Lunatic asylums United Provinces 1899-1908 - 1899-1908
Year: 1899
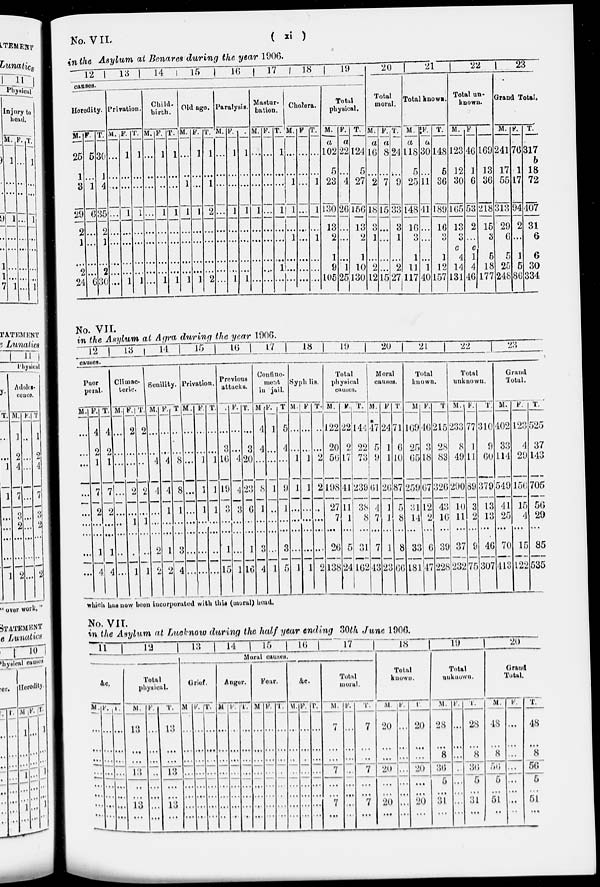
( xi )
No. VII.
in the Asylum at Benares during the year 1906.
12
13
14
15
16
17
18
19
canses.
Heredity.
M.
25
1
3
29
2
1
...
2
24
F.
5
...
1
6
...
...
...
...
6
T.
30
1
4
35
2
1
...
2
30
Privation.
M.
...
...
...
...
...
...
...
...
...
F.
1
...
...
1
...
...
...
...
1
T.
1
...
...
1
...
...
...
...
1
Child-
birth.
M.
...
...
...
...
...
...
...
...
...
F.
1
...
...
1
...
...
...
...
1
T.
1
...
...
1
...
...
...
...
1
Old ago.
M.
...
...
1
1
...
...
...
...
1
F.
1
...
...
1
...
...
...
...
1
T.
1
...
1
2
...
...
...
...
2
Paralysis.
M.
...
...
...
...
...
...
...
...
...
F.
1
...
...
1
...
...
...
...
1
T.
1
...
...
1
...
...
...
...
1
Mastur-
bation.
M.
...
...
...
1
...
...
...
...
...
F.
...
...
...
...
...
...
...
...
...
T.
1
...
...
1
...
...
...
1
...
Cholera.
M.
...
...
1
1
...
1
...
...
...
F
...
...
...
...
...
...
...
...
...
T.
...
...
1
1
...
1
...
...
...
Total
physical.
M.
a
102
5
23
130
13
2
1
9
105
F.
a
22
...
4
20
...
...
...
1
25
T.
124
5
27
156
13
2
1
10
130
20
Total
moral.
M.
a
16
...
2
18
3
1
...
2
12
F.
a
8
...
7
15
...
...
...
...
15
T.
24
...
9
33
3
1
...
2
27
21
Total known.
M.
118
5
25
148
16
3
1
11
117
F.
a
30
...
11
41
...
...
...
1
40
T.
148
5
36
189
16
3
1
12
22
Total un-
known.
M.
123
12
30
165
13
3
c
4
14
157 131
F.
46
1
6
53
2
...
c
1
4
46
T.
169
13
36
218
15
3
5
18
177
23
Grand Total.
M.
241
17
55
313
29
6
5
25
248
F.
76
1
17
94
2
...
1
5
86
T.
317
18
72
407
31
6
6
30
334
No. VII.
in the Asylum at Agra during the year 1906.
12
13
14
15
16
17
18
19
20
21
22
23
causes.
Puer
peral.
M.
...
...
...
...
...
...
...
...
...
F.
4
2
1
7
2
...
...
1
4
T.
4
2
1
7
2
...
...
1
4
Climac-
teric.
M.
...
...
...
...
...
...
...
...
...
F.
2
...
...
2
...
1
...
...
1
T.
2
...
...
1
...
1
...
...
1
Senility.
M.
...
...
4
4
...
...
...
2
2
F.
...
...
4
4
1
...
...
1
2
T
...
...
8
8
1
...
...
3
4
Privation.
M.
...
...
...
...
...
...
...
...
...
F.
...
...
1
1
1
...
...
...
...
T.
...
...
1
1
1
...
...
...
...
Previous
attacks.
M
...
3
16
19
3
...
...
1
15
F.
...
...
4
4
3
...
...
...
1
T.
...
3
20
23
6
...
...
1
16
Conflne-
ment
in jail.
M
4
4
...
8
1
...
...
3
4
F.
1
...
...
1
...
...
...
...
1
T
5
4
...
9
1
...
...
3
5
Syphlis.
M.
...
...
1
1
...
...
...
...
1
F
...
...
1
1
...
...
...
...
1
T.
...
...
2
2
...
...
...
...
2
Total
physical
causes.
M.
122
20
56
198
27
7
...
26
138
F.
22
2
17
41
11
1
...
5
24
T.
144
22
73
239
38
8
...
31
162
Moral
causes.
M.
*
47
5
9
61
4
7
...
7
43
F
24
1
1
26
1
1
...
1
23
T.
71
6
10
87
5
8
...
8
66
Total
known.
M
169
25
65
259
31
14
...
33
181
F.
40
3
18
67
12
2
...
6
47
T
215
28
83
326
43
16
...
39
228
Total
unknown.
M.
233
8
49
290
10
11
...
37
232
F.
77
1
11
89
3
2
...
9
75
T.
310
9
60
379
13
13
...
46
307
Grand
Total.
M.
402
33
114
549
41
25
...
70
413
F.
123
4
29
156
15
4
...
15
122
T.
525
37
143
705
56
29
...
85
535
which has now been incorporated with this (moral) head.
No. VII.
in the Asylum at Lucknow during the half year ending 30th June 1906.
11
12
13
14
15
16
17
Moral causes.
&c.
M.
...
...
...
...
...
...
...
...
F.
...
...
...
...
...
...
...
...
T.
...
...
...
...
...
...
...
...
Total
physical.
M.
13
...
...
13
...
...
13
...
F.
...
...
...
...
...
...
...
...
T.
13
...
...
13
...
...
13
...
Grief.
M
...
...
...
...
...
...
...
...
F.
...
...
...
...
...
...
...
...
T.
...
...
...
...
...
...
...
...
Anger.
M
...
...
...
...
...
...
...
...
F.
...
...
...
...
...
...
...
...
T.
...
...
...
...
...
...
...
...
Four.
M
...
...
...
...
...
...
...
...
F.
...
...
...
...
...
...
...
...
T.
...
...
...
...
...
...
...
...
&c.
M.
...
...
...
...
...
...
...
...
F.
...
...
.
...
...
...
...
...
T.
...
...
...
...
...
...
...
...
Total
moral.
M.
7
...
...
7
...
...
7
...
F.
...
...
...
...
...
...
...
...
T.
7
...
...
7
...
...
7
...
18
Total
known.
M.
20
...
...
20
...
...
20
...
F.
...
...
...
...
...
...
...
...
T.
20
...
...
20
...
...
20
...
19
Total
unknown.
M.
28
...
8
36
5
...
31
...
F.
...
...
...
...
...
...
...
...
T.
28
...
8
36
5
...
31
...
20
Grand
Total.
M.
48
...
8
56
5
...
51
...
F.
...
...
...
...
...
...
...
...
T.
48
...
8
56
5
...
51
...